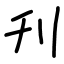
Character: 刋